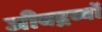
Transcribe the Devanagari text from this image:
जीवद्रव्यों